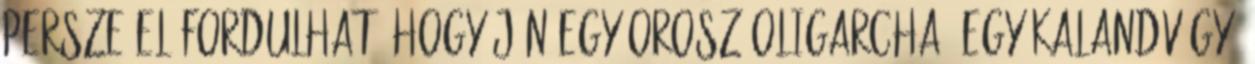
Persze előfordulhat, hogy jön egy orosz oligarcha, egy kalandvágyó